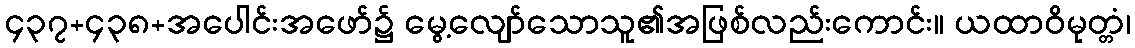
၄၃၇+၄၃၈+အပေါင်းအဖော်၌ မွေ့လျော်သောသူ၏အဖြစ်လည်းကောင်း။ ယထာဝိမုတ္တံ၊